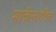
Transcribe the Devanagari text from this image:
मार्केलोविच